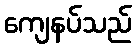
ကျေနပ်သည်